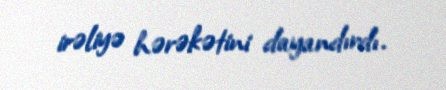
irəliyə hərəkətini dayandırdı.